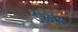
ડામર